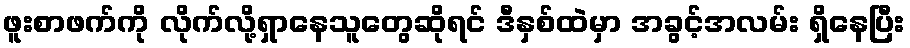
ဖူးစာဖက်ကို လိုက်လို့ရှာနေသူတွေဆိုရင် ဒီနှစ်ထဲမှာ အခွင့်အလမ်း ရှိနေပြီး